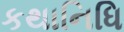
કથાનિધિ